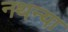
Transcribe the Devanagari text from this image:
नथन्या